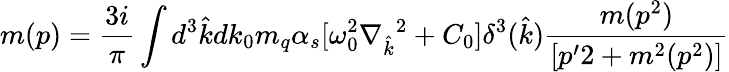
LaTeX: m(p)=\frac{3i}{\pi}\int d^{3}{\hat{k}}dk_{0}m_{q}\alpha_{s}[\omega_{0}^{2}{\nabla_{\hat{k}}}^{2}+C_{0}]\delta^{3}({\hat{k}})\frac{m(p^{2})}{[p^{\prime}2+m^{2}(p^{2})]}